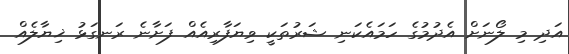
އަދި މި ލޯނަށް އެދުމުގެ ހަމައެކަނި ޝަރުތަކީ ވިޔަފާރިއެއް ފަށާނެ ރަނގަޅު ޚިޔާލެއް